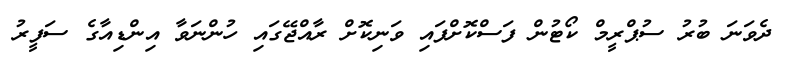
ދެވަނަ ބުރު ސުޕްރީމް ކޯޓުން ފަސްކޮށްފައި ވަނިކޮށް ރާއްޖޭގައި ހުންނަވާ އިންޑިއާގެ ސަފީރު